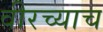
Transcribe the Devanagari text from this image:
वीरच्याच